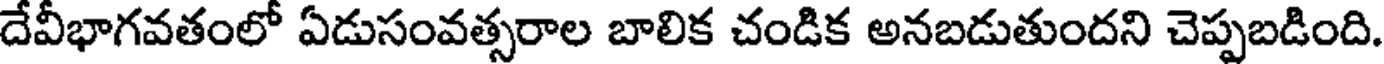
దేవీభాగవతంలో ఏడుసంవత్సరాల బాలిక చండిక అనబడుతుందని చెప్పబడింది